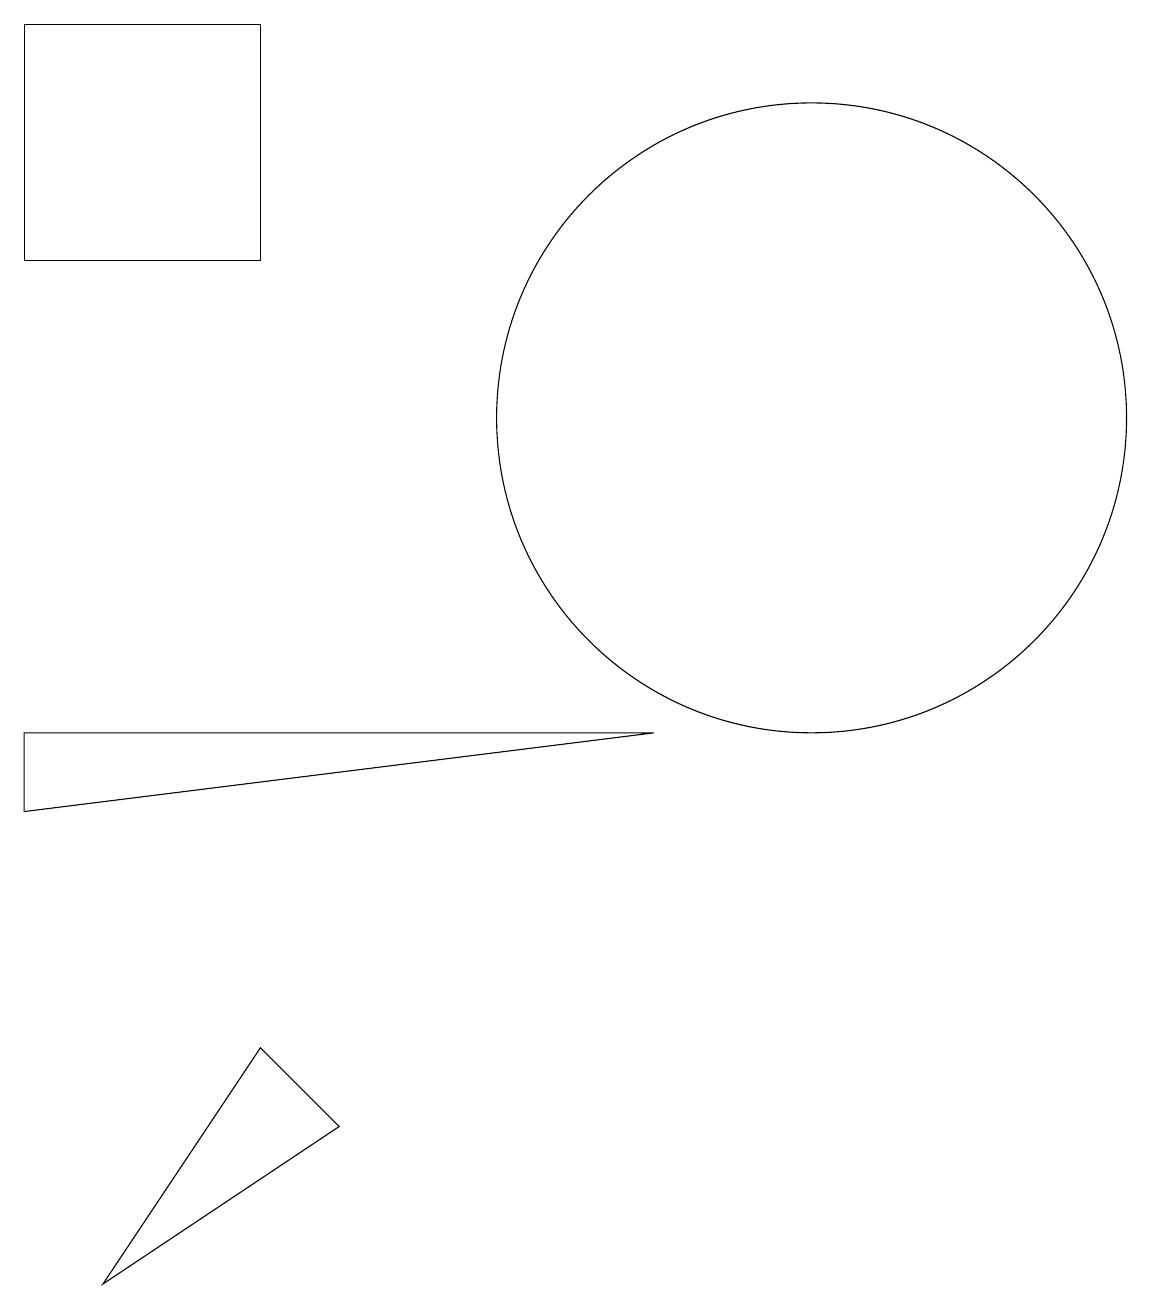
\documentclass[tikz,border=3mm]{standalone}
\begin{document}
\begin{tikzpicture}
\draw (10,12) circle (4);
\draw (8,15) rectangle (8,15);
\draw (4,3) -- (3,4) -- (1,1) -- cycle;
\draw (0,17) rectangle (3,14);
\draw (12,11) circle (0);
\draw (0,8) -- (0,7) -- (8,8) -- cycle;
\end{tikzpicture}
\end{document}